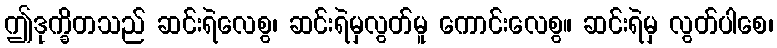
ဤဒုက္ခိတသည် ဆင်းရဲလေစွ၊ ဆင်းရဲမှလွတ်မူ ကောင်းလေစွ။ ဆင်းရဲမှ လွတ်ပါစေ၊